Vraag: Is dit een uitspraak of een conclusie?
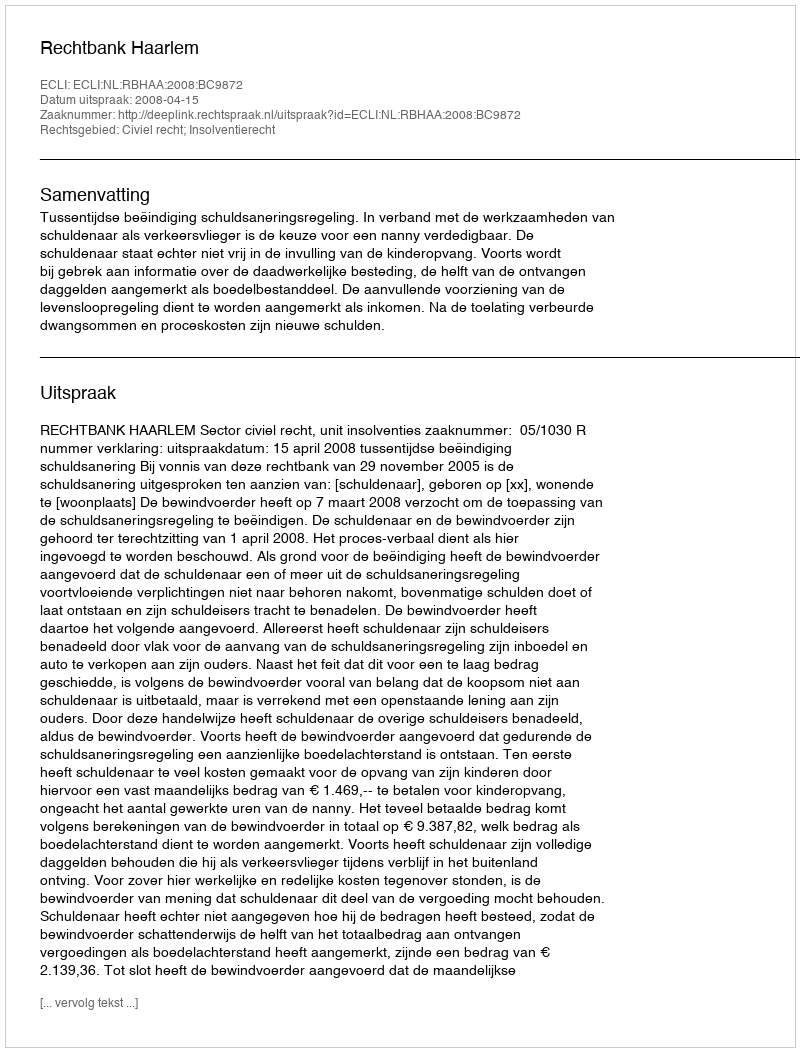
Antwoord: Uitspraak